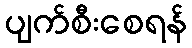
ပျက်စီးစေရန်